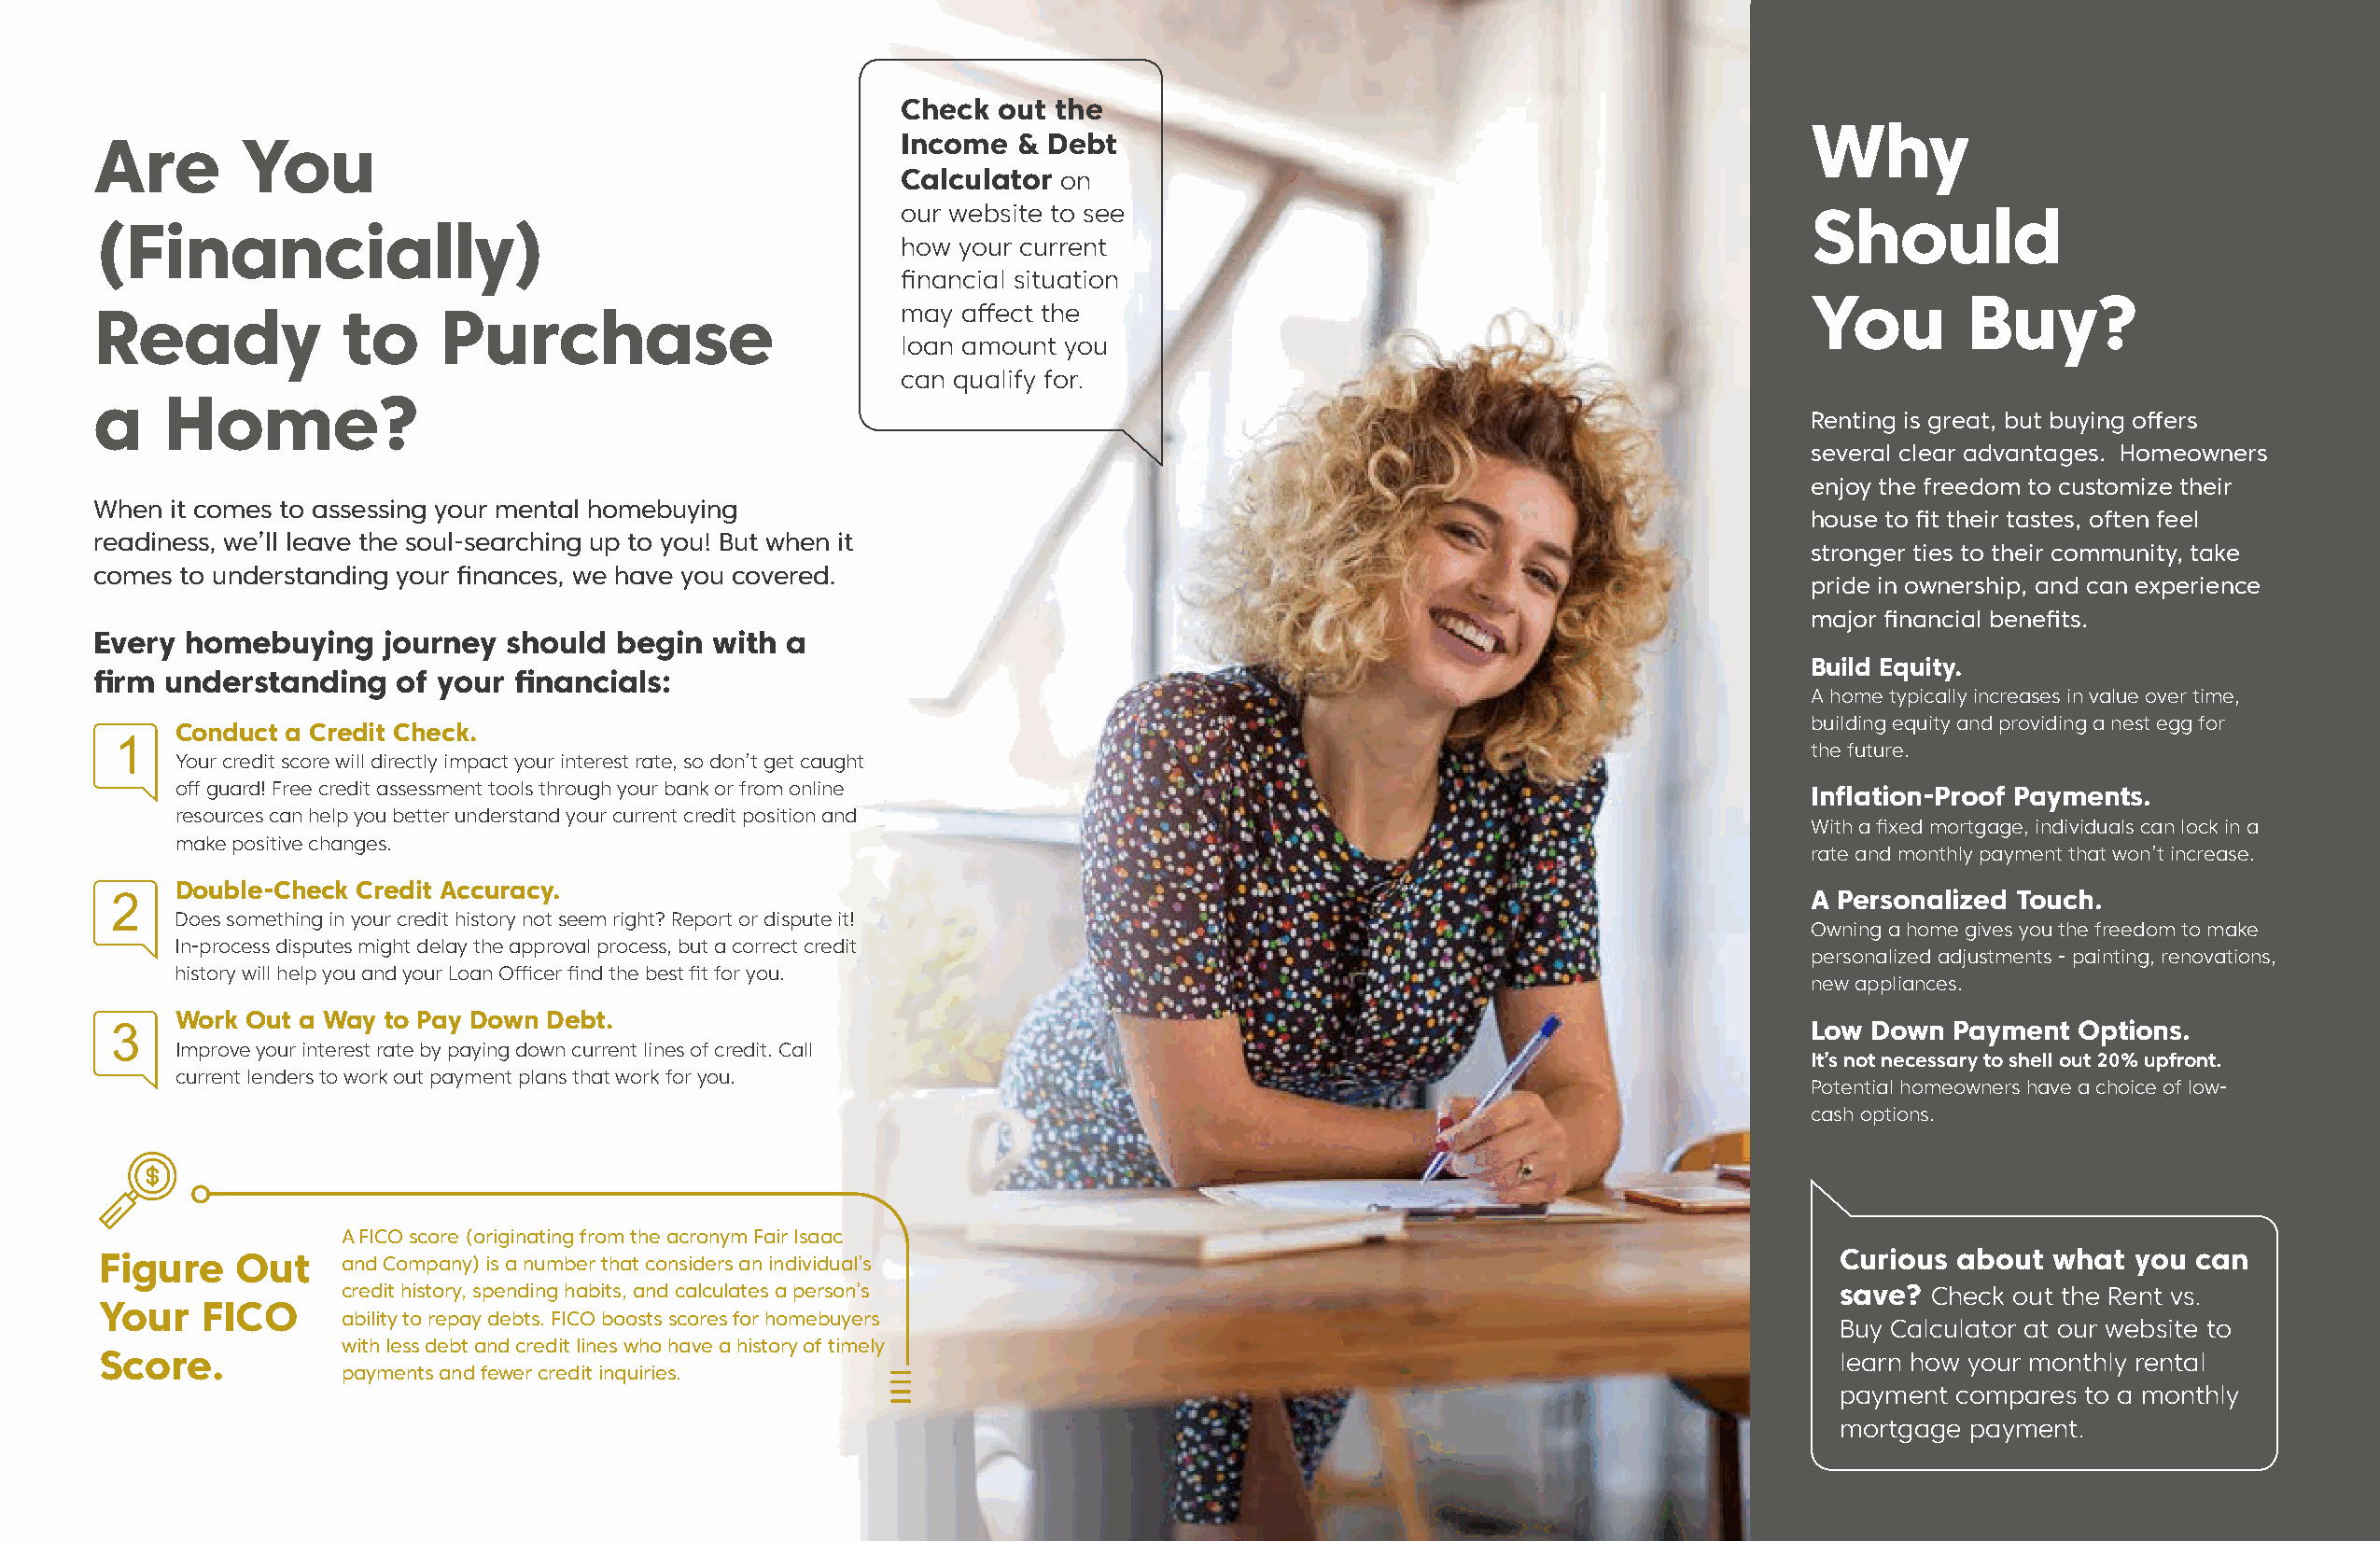
Check  out the
 Why
 Are       You                                            Income  & Debt
 Calculator on
 our website to see                                              Should
 (Financially)
 how your current
 financial situation
 You        Buy?
 Ready            to     Purchase                         may affect the
 loan amount you
 can qualify for.
 a    Home?
 Renting is great, but buying offers
 several clear advantages. Homeowners
 enjoy the freedom to customize their
 When it comes to assessing your mental homebuying
 house to fit their tastes, often feel
 readiness, we’ll leave the soul-searching up to you! But when it
 stronger ties to their community, take
 comes to understanding your finances, we have you covered.
 pride in ownership, and can experience
 major financial benefits.
 Every homebuying    journey  should  begin  with a
 Build Equity.
 firm understanding   of your financials:
 A home typically increases in value over time,
 building equity and providing a nest egg for
 Conduct a Credit Check.
 1                                                                                                                       the future.
 Your credit score will directly impact your interest rate, so don’t get caught
 off guard! Free credit assessment tools through your bank or from online                                            Inflation-Proof Payments.
 resources can help you better understand your current credit position and
 With a fixed mortgage, individuals can lock in a
 make positive changes.
 rate and monthly payment that won’t increase.
 2
 Double-Check Credit Accuracy.
 A Personalized Touch.
 Does something in your credit history not seem right? Report or dispute it!
 Owning a home gives you the freedom to make
 In-process disputes might delay the approval process, but a correct credit
 personalized adjustments - painting, renovations,
 history will help you and your Loan Officer find the best fit for you.
 new appliances.
 Work Out a Way to Pay Down Debt.
 3
 Low  Down  Payment Options.
 Improve your interest rate by paying down current lines of credit. Call
 It’s not necessary to shell out 20% upfront.
 current lenders to work out payment plans that work for you.
 Potential homeowners have a choice of low-
 cash options.
 A FICO score (originating from the acronym Fair Isaac
 Figure    Out    and Company) is a number that considers an individual’s                                                   Curious  about  what you  can
 credit history, spending habits, and calculates a person’s                                                save?  Check out the Rent vs.
 Your   FICO
 ability to repay debts. FICO boosts scores for homebuyers
 Buy Calculator at our website to
 with less debt and credit lines who have a history of timely
 Score.                                                                                                                     learn how your monthly rental
 payments and fewer credit inquiries.
 payment  compares to a monthly
 mortgage  payment.